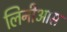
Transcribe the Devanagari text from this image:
लिनीआस